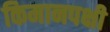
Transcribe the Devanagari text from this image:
किमानपक्षी